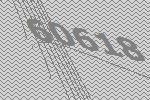
60618